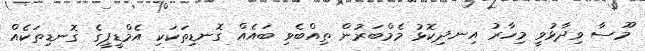
މޫސާ ވިދާޅުވީ މިހާރު އިނދިކޮޅު މެމްބަރުން ތިއްބެވި ބައެއް ގޮނޑިތަކަކި އެމްޑީޕީގެ ގޮނޑިތަކެއް